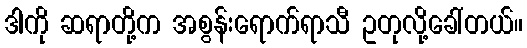
ဒါကို ဆရာတို့က အစွန်းရောက်ရာသီ ဥတုလို့ခေါ်တယ်။